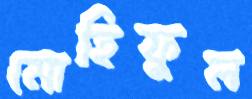
মোহিফুল